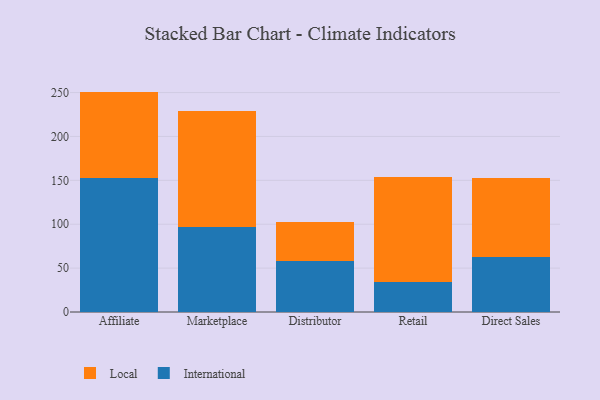
{"axis": {"x": "Channel", "y": "Market Share (%)"}, "legend": ["International", "Local"], "data": [{"x": "Affiliate", "y": 152.8, "type": "International"}, {"x": "Affiliate", "y": 98.3, "type": "Local"}, {"x": "Marketplace", "y": 96.5, "type": "International"}, {"x": "Marketplace", "y": 132.8, "type": "Local"}, {"x": "Distributor", "y": 57.6, "type": "International"}, {"x": "Distributor", "y": 44.6, "type": "Local"}, {"x": "Retail", "y": 34.2, "type": "International"}, {"x": "Retail", "y": 119.9, "type": "Local"}, {"x": "Direct Sales", "y": 63.1, "type": "International"}, {"x": "Direct Sales", "y": 89.6, "type": "Local"}]}